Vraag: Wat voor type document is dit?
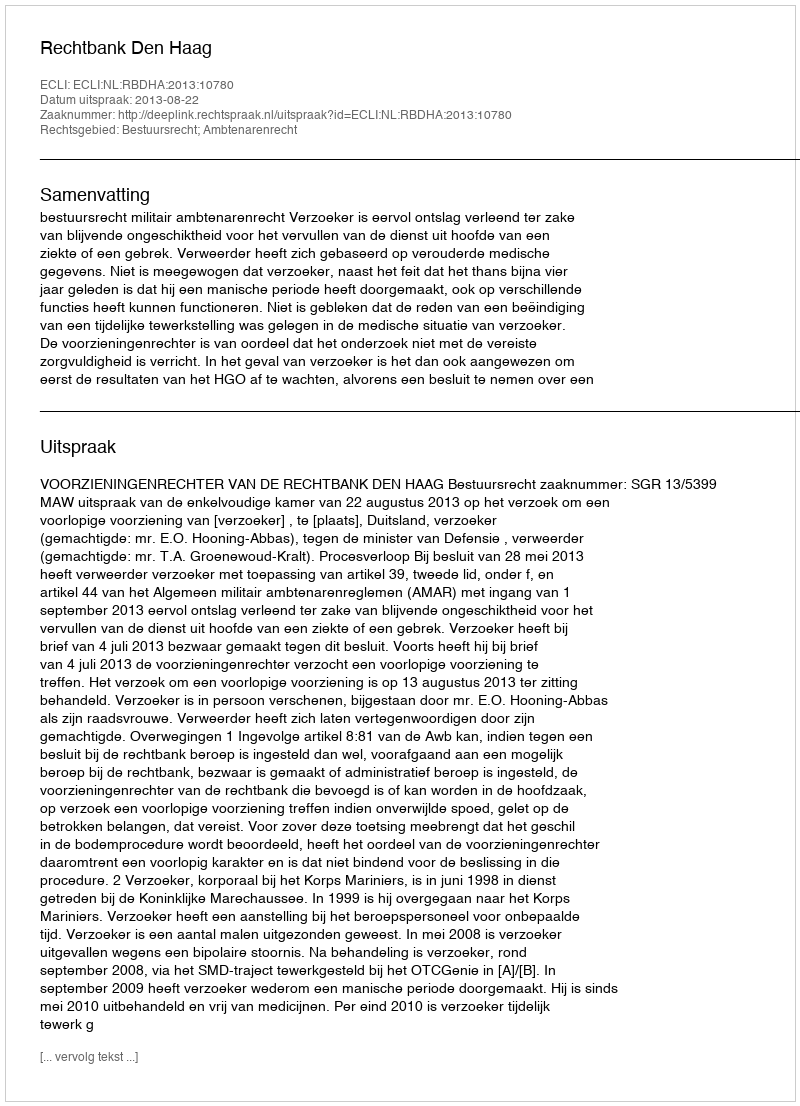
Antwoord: Uitspraak